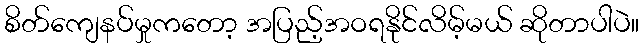
စိတ်ကျေနပ်မှုကတော့ အပြည့်အဝရနိုင်လိမ့်မယ် ဆိုတာပါပဲ။